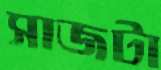
সাজটা